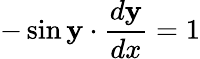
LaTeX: -\sin\mathbf{y}\cdot{\frac{{d\mathbf{y}}}{{dx}}}=1